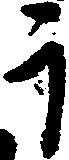
于